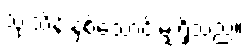
သုံးသိန်းနှစ်သောင်းမျှရှိသည်။